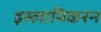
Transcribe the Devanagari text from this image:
इस्लामिकरन